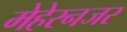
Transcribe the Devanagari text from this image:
मेहेरनजर